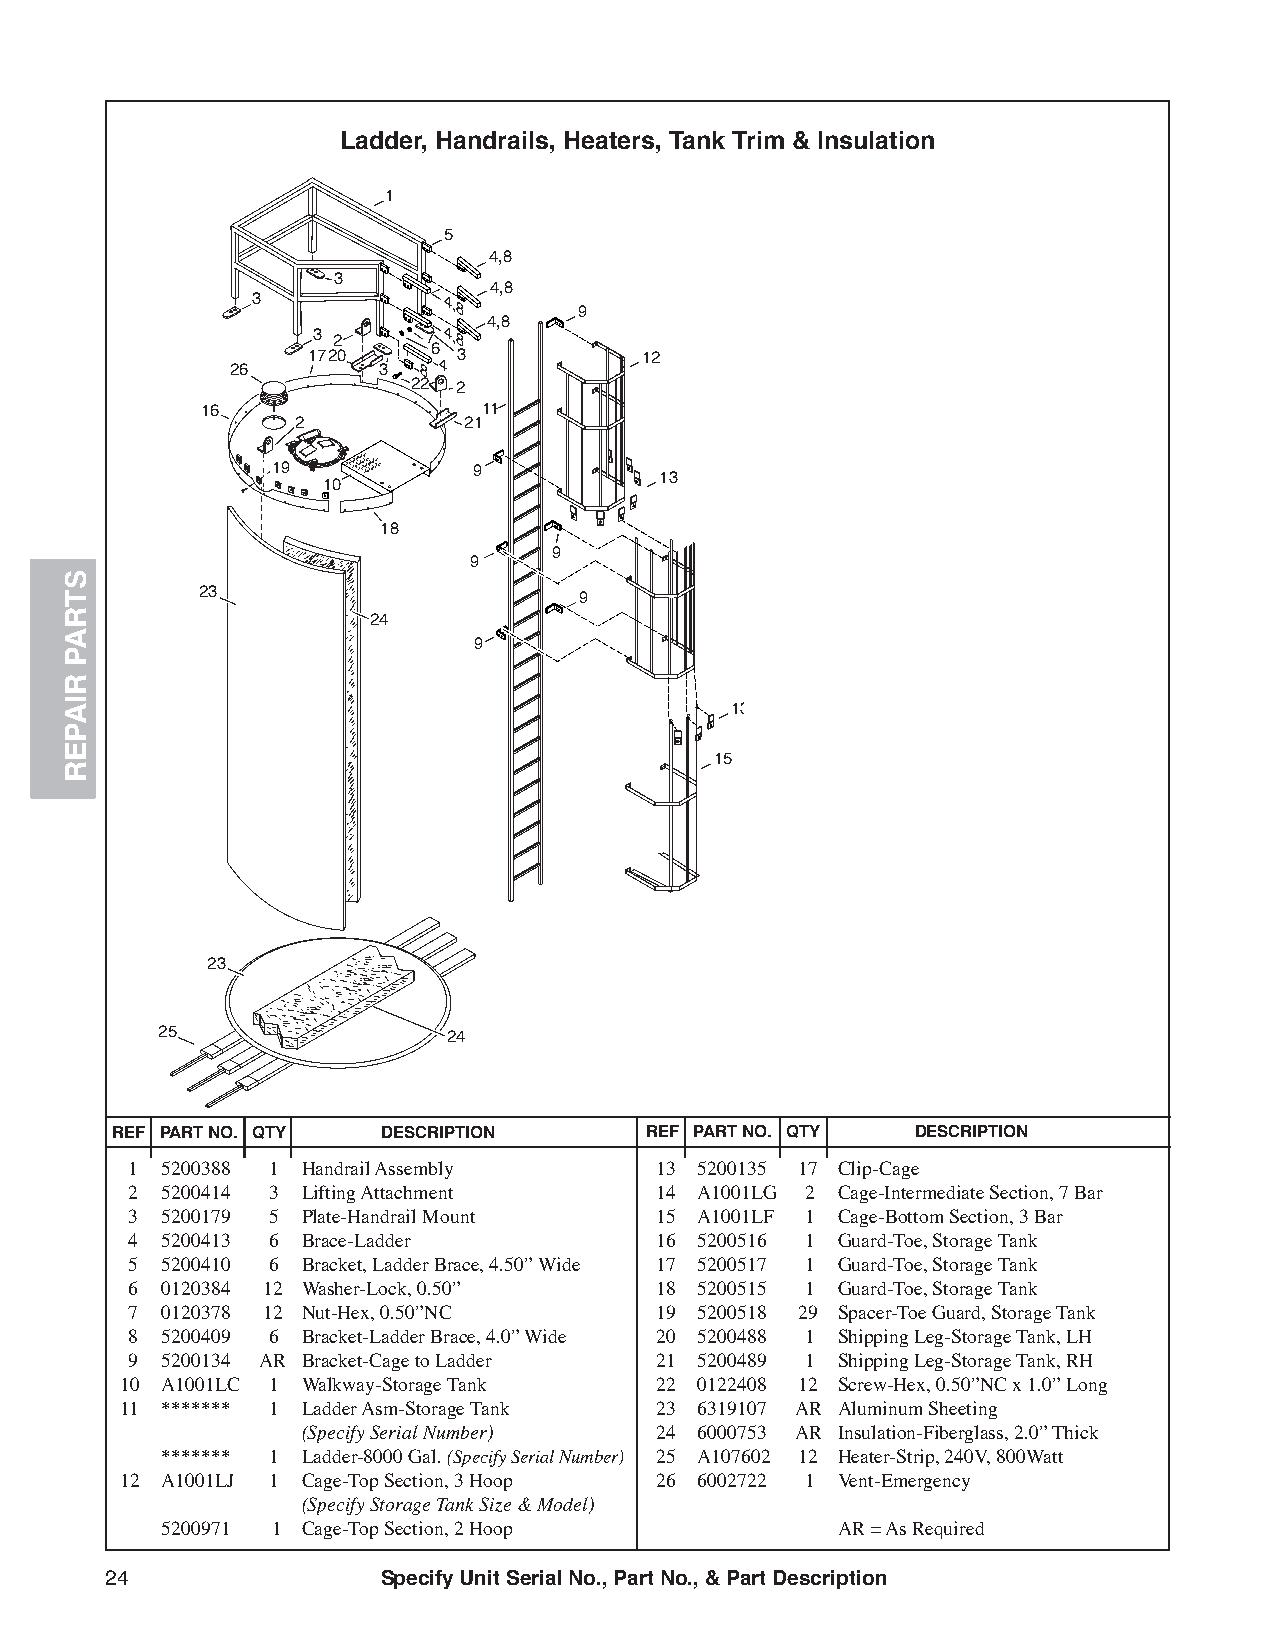
Ladder, Handrails, Heaters, Tank Trim & Insulation
 1
 5
 4,8
 3
 4,8
 3           4,8
 9
 4,8
 3 2    7
 6
 4,8
 1720      3           12
 26        3  8 4
 22 2
 16                 11
 2          21
 19           9
 13
 10
 18
 9
 9
 23                       9
 24
 9
 13
 15
 23
 25                  24
 REF PART NO. QTY  DESCRIPTION       REF PART NO. QTY  DESCRIPTION
 1 5200388 1 Handrail Assembly     13 5200135 17 Clip-Cage
 2 5200414 3 Lifting Attachment    14 A1001LG 2 Cage-Intermediate Section, 7 Bar
 3 5200179 5 Plate-Handrail Mount  15 A1001LF 1 Cage-Bottom Section, 3 Bar
 4 5200413 6 Brace-Ladder          16 5200516 1 Guard-Toe, Storage Tank
 5 5200410 6 Bracket, Ladder Brace, 4.50” Wide 17 5200517 1 Guard-Toe, Storage Tank
 6 0120384 12 Washer-Lock, 0.50”   18 5200515 1 Guard-Toe, Storage Tank
 7 0120378 12 Nut-Hex, 0.50”NC     19 5200518 29 Spacer-Toe Guard, Storage Tank
 8 5200409 6 Bracket-Ladder Brace, 4.0” Wide 20 5200488 1 Shipping Leg-Storage Tank, LH
 9 5200134 AR Bracket-Cage to Ladder 21 5200489 1 Shipping Leg-Storage Tank, RH
 10 A1001LC 1 Walkway-Storage Tank  22 0122408 12 Screw-Hex, 0.50”NC x 1.0” Long
 11 ******* 1 Ladder Asm-Storage Tank 23 6319107 AR Aluminum Sheeting
 (Specify Serial Number) 24 6000753 AR Insulation-Fiberglass, 2.0” Thick
 ******* 1 Ladder-8000 Gal. (Specify Serial Number) 25 A107602 12 Heater-Strip, 240V, 800Watt
 12 A1001LJ 1 Cage-Top Section, 3 Hoop 26 6002722 1 Vent-Emergency
 (Specify Storage Tank Size & Model)
 5200971 1 Cage-Top Section, 2 Hoop          AR = As Required
 24                Specify Unit Serial No., Part No., & Part Description
 STRAP
 RIAPER